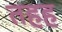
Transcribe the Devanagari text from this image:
तहह